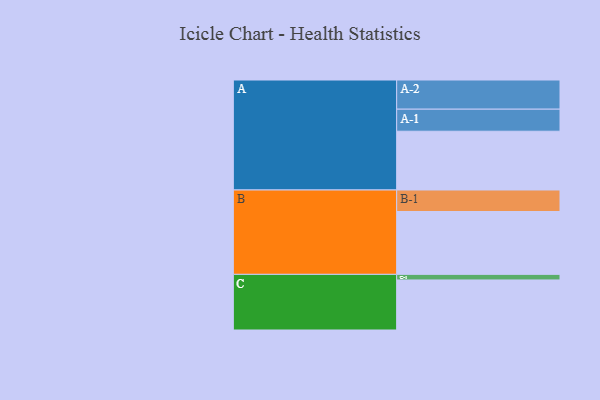
{"axis": {"x": "Segment", "y": "Value"}, "legend": ["", "A", "B", "C"], "data": [{"x": "A", "y": 546, "type": ""}, {"x": "B", "y": 584, "type": ""}, {"x": "C", "y": 465, "type": ""}, {"x": "A-1", "y": 205, "type": "A"}, {"x": "A-2", "y": 271, "type": "A"}, {"x": "B-1", "y": 200, "type": "B"}, {"x": "C-1", "y": 52, "type": "C"}]}